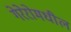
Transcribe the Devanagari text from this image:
गेरेरोमधील